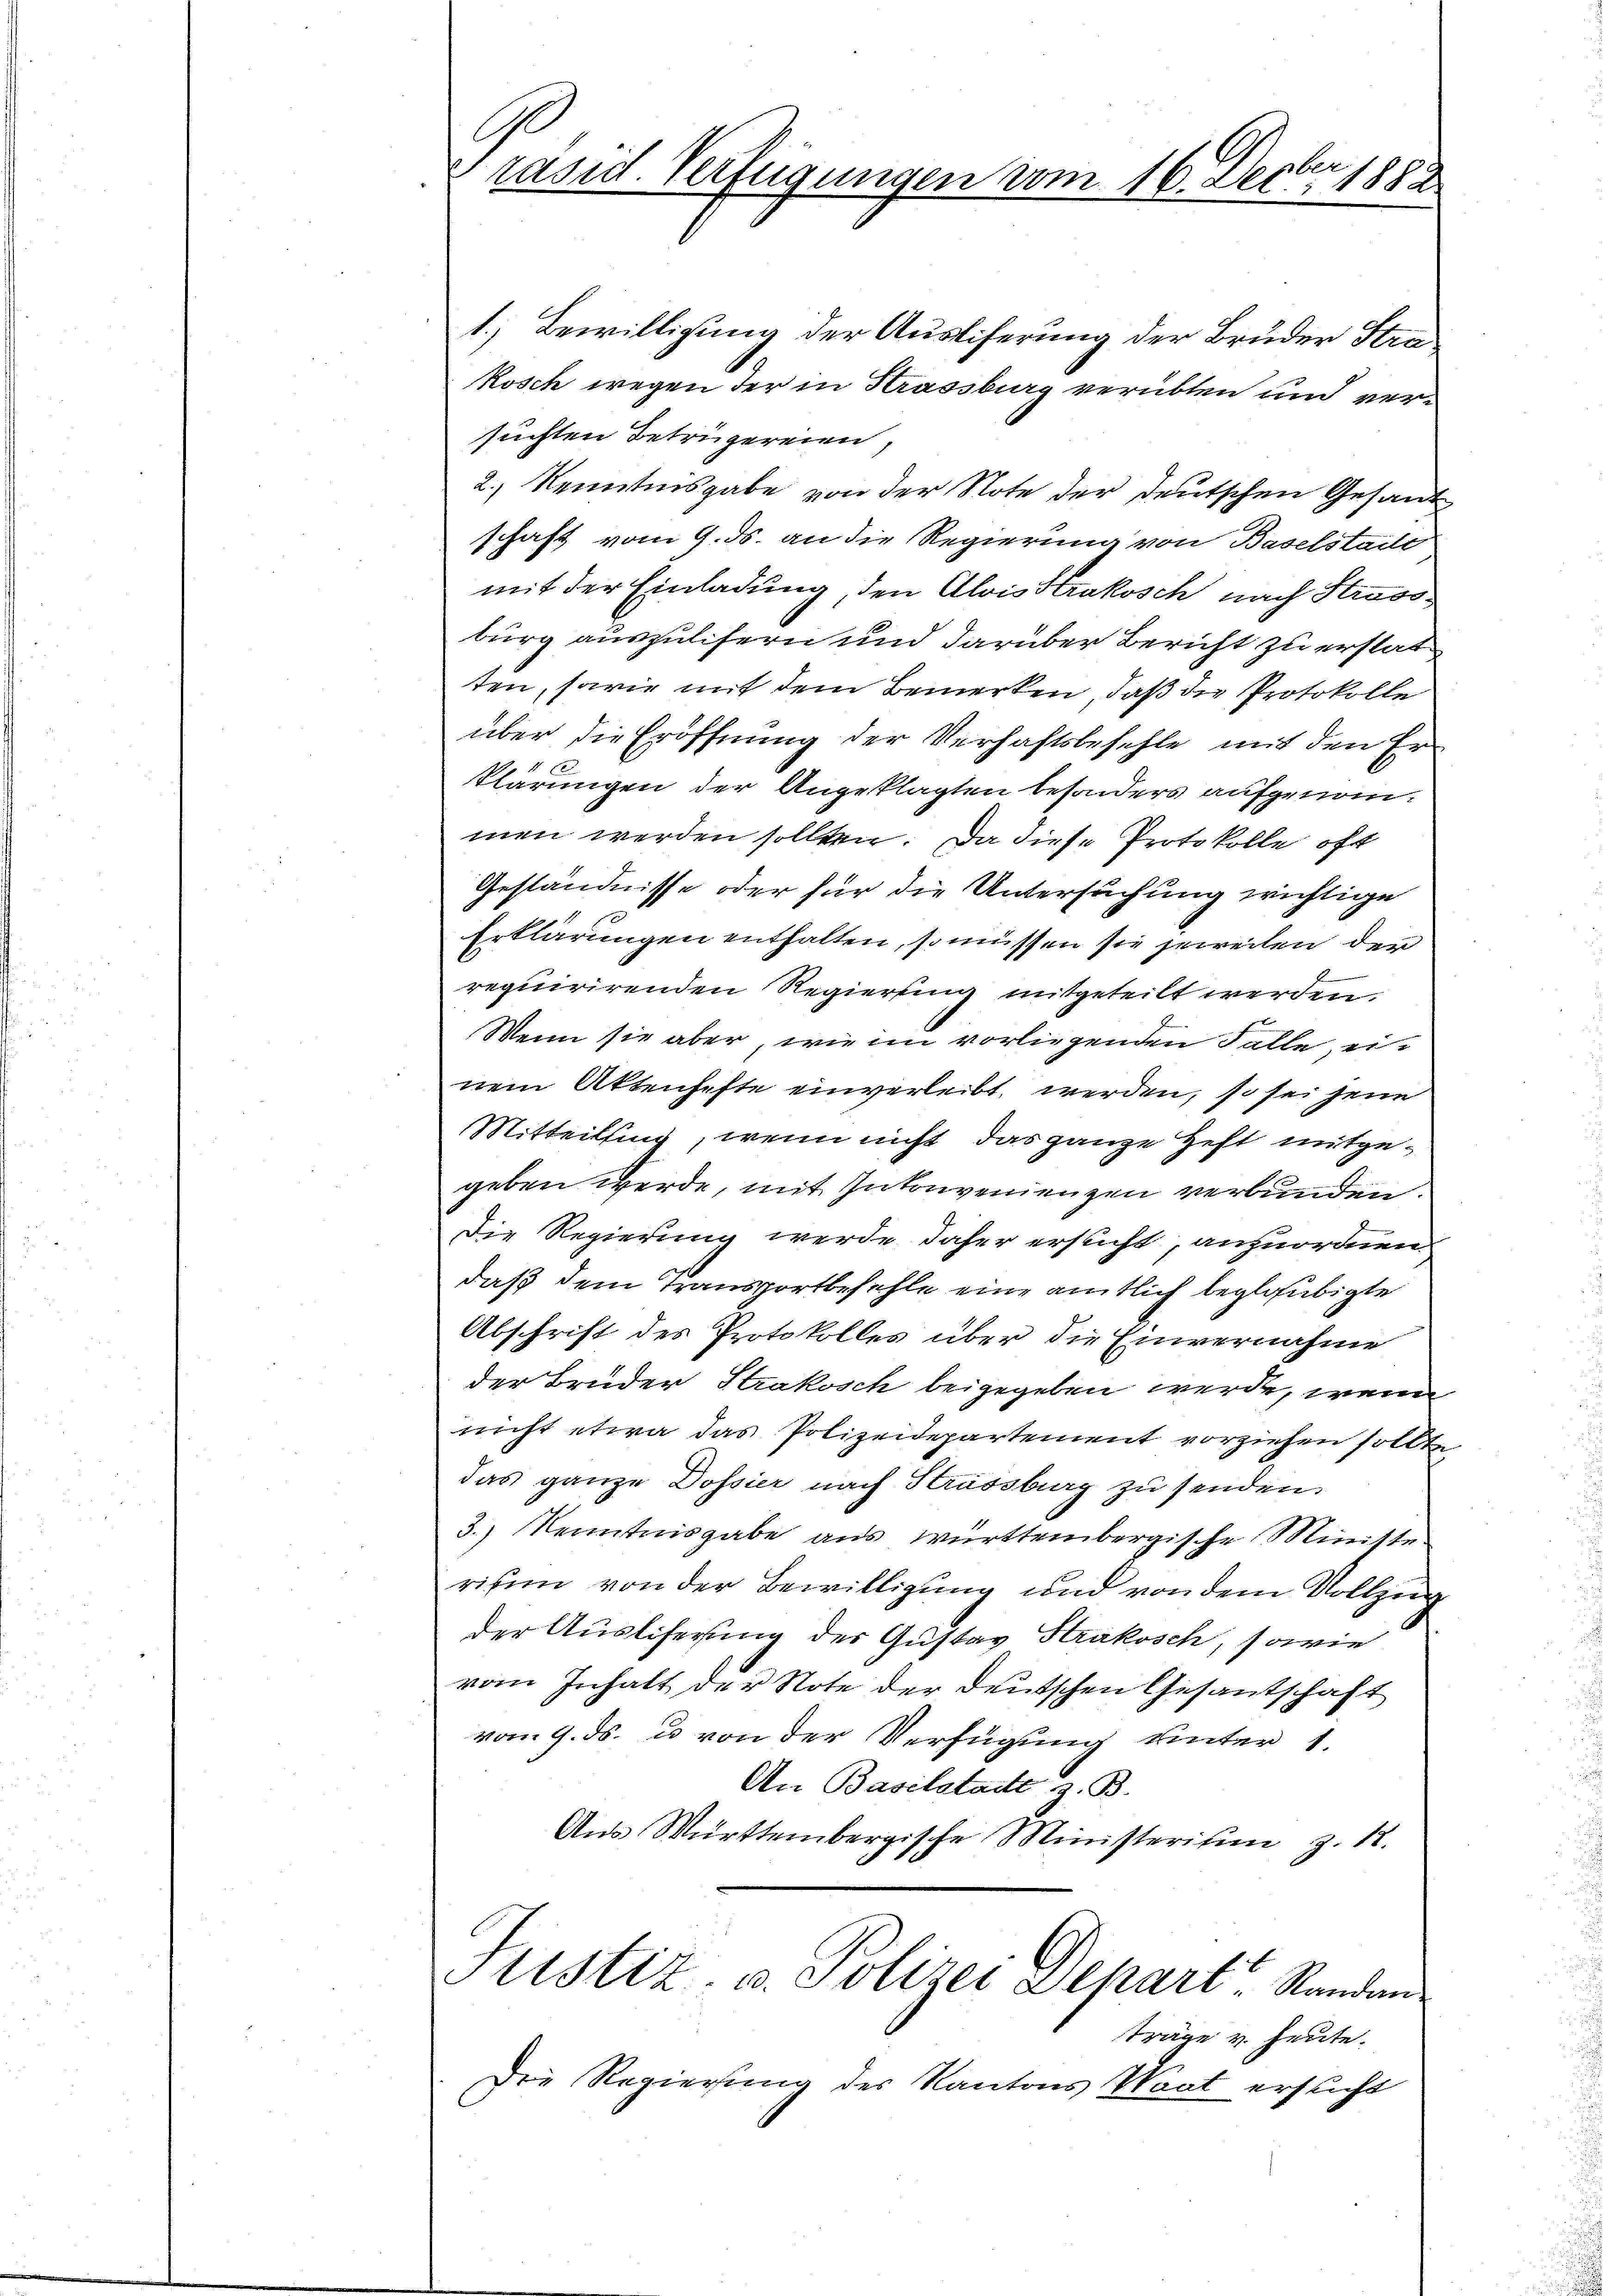
36
räsid. Verfügungen vom 16. Dec. 1882

1.) Bewilligung der Ausliferung der Bruder Stra
Rosch wegen der in Krassburg verübten und versuchten Betrügereien,
2.) Kenntnisgabe von der Note der deutschen Gesand
schaft vom 9. ds. an die Regierung von Baselstadt
mit der Einladung den Alois Krakosch nach Stross
burg auszulifern und darüber Bericht zu erstat
ten, sowie mit dem Bemerken, daß die Protokolle
über die Eröffnung der Verhaftsbefehle mit den Er¬
1
klärungen der Angeklagten besonders aufgenommen werden sollten. Da diese Protokolle oft
Geständnisse oder für die Untersuchung wichtige
Erklärungen enthalten, so müssen sie jeweilen der
requirirenden Regierung mitgeteilt werden.
Wenn sie aber, wie im vorliegenden Falle einem Aktenhefte einverleibt werden, so sei jene
Mitteilung, wenn nicht das ganze Heft mitgegeben werde, mit Inkonvenienzen verbunden.
Die Regierung werde daher ersucht, anzuordnen.
daß dem Transportbefehle eine amtlich beglaubigte
Abschrift des Protokolles über die Einvernahme
der Brüder Strakosch beigegeben werde, wenn
nicht etwa das Polizeidepartement vorziehen sollte
das ganze Dossier nach Strassburg zu senden
3.) Kenntnisgabe aus Württembergische Ministe
risum von der Bewilligung und von dem Vollzug
s
der Ausliferung des Gustav Strakosch, sowie
vom Inhalt der Note der deutschen Gesantschaft
vom 9. ds. u von der Verfügung unter 1.
An Baselstatt z. B.
Aŭs Württembergische Ministerium z. 12.
Justiz- u. Polizei Depart Standan
träge v. heute.
Die Regierung des Kantons Waat ersticht